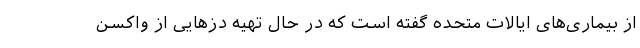
از بیماری‌های ایالات متحده گفته است که در حال تهیه دُزهایی از واکسن